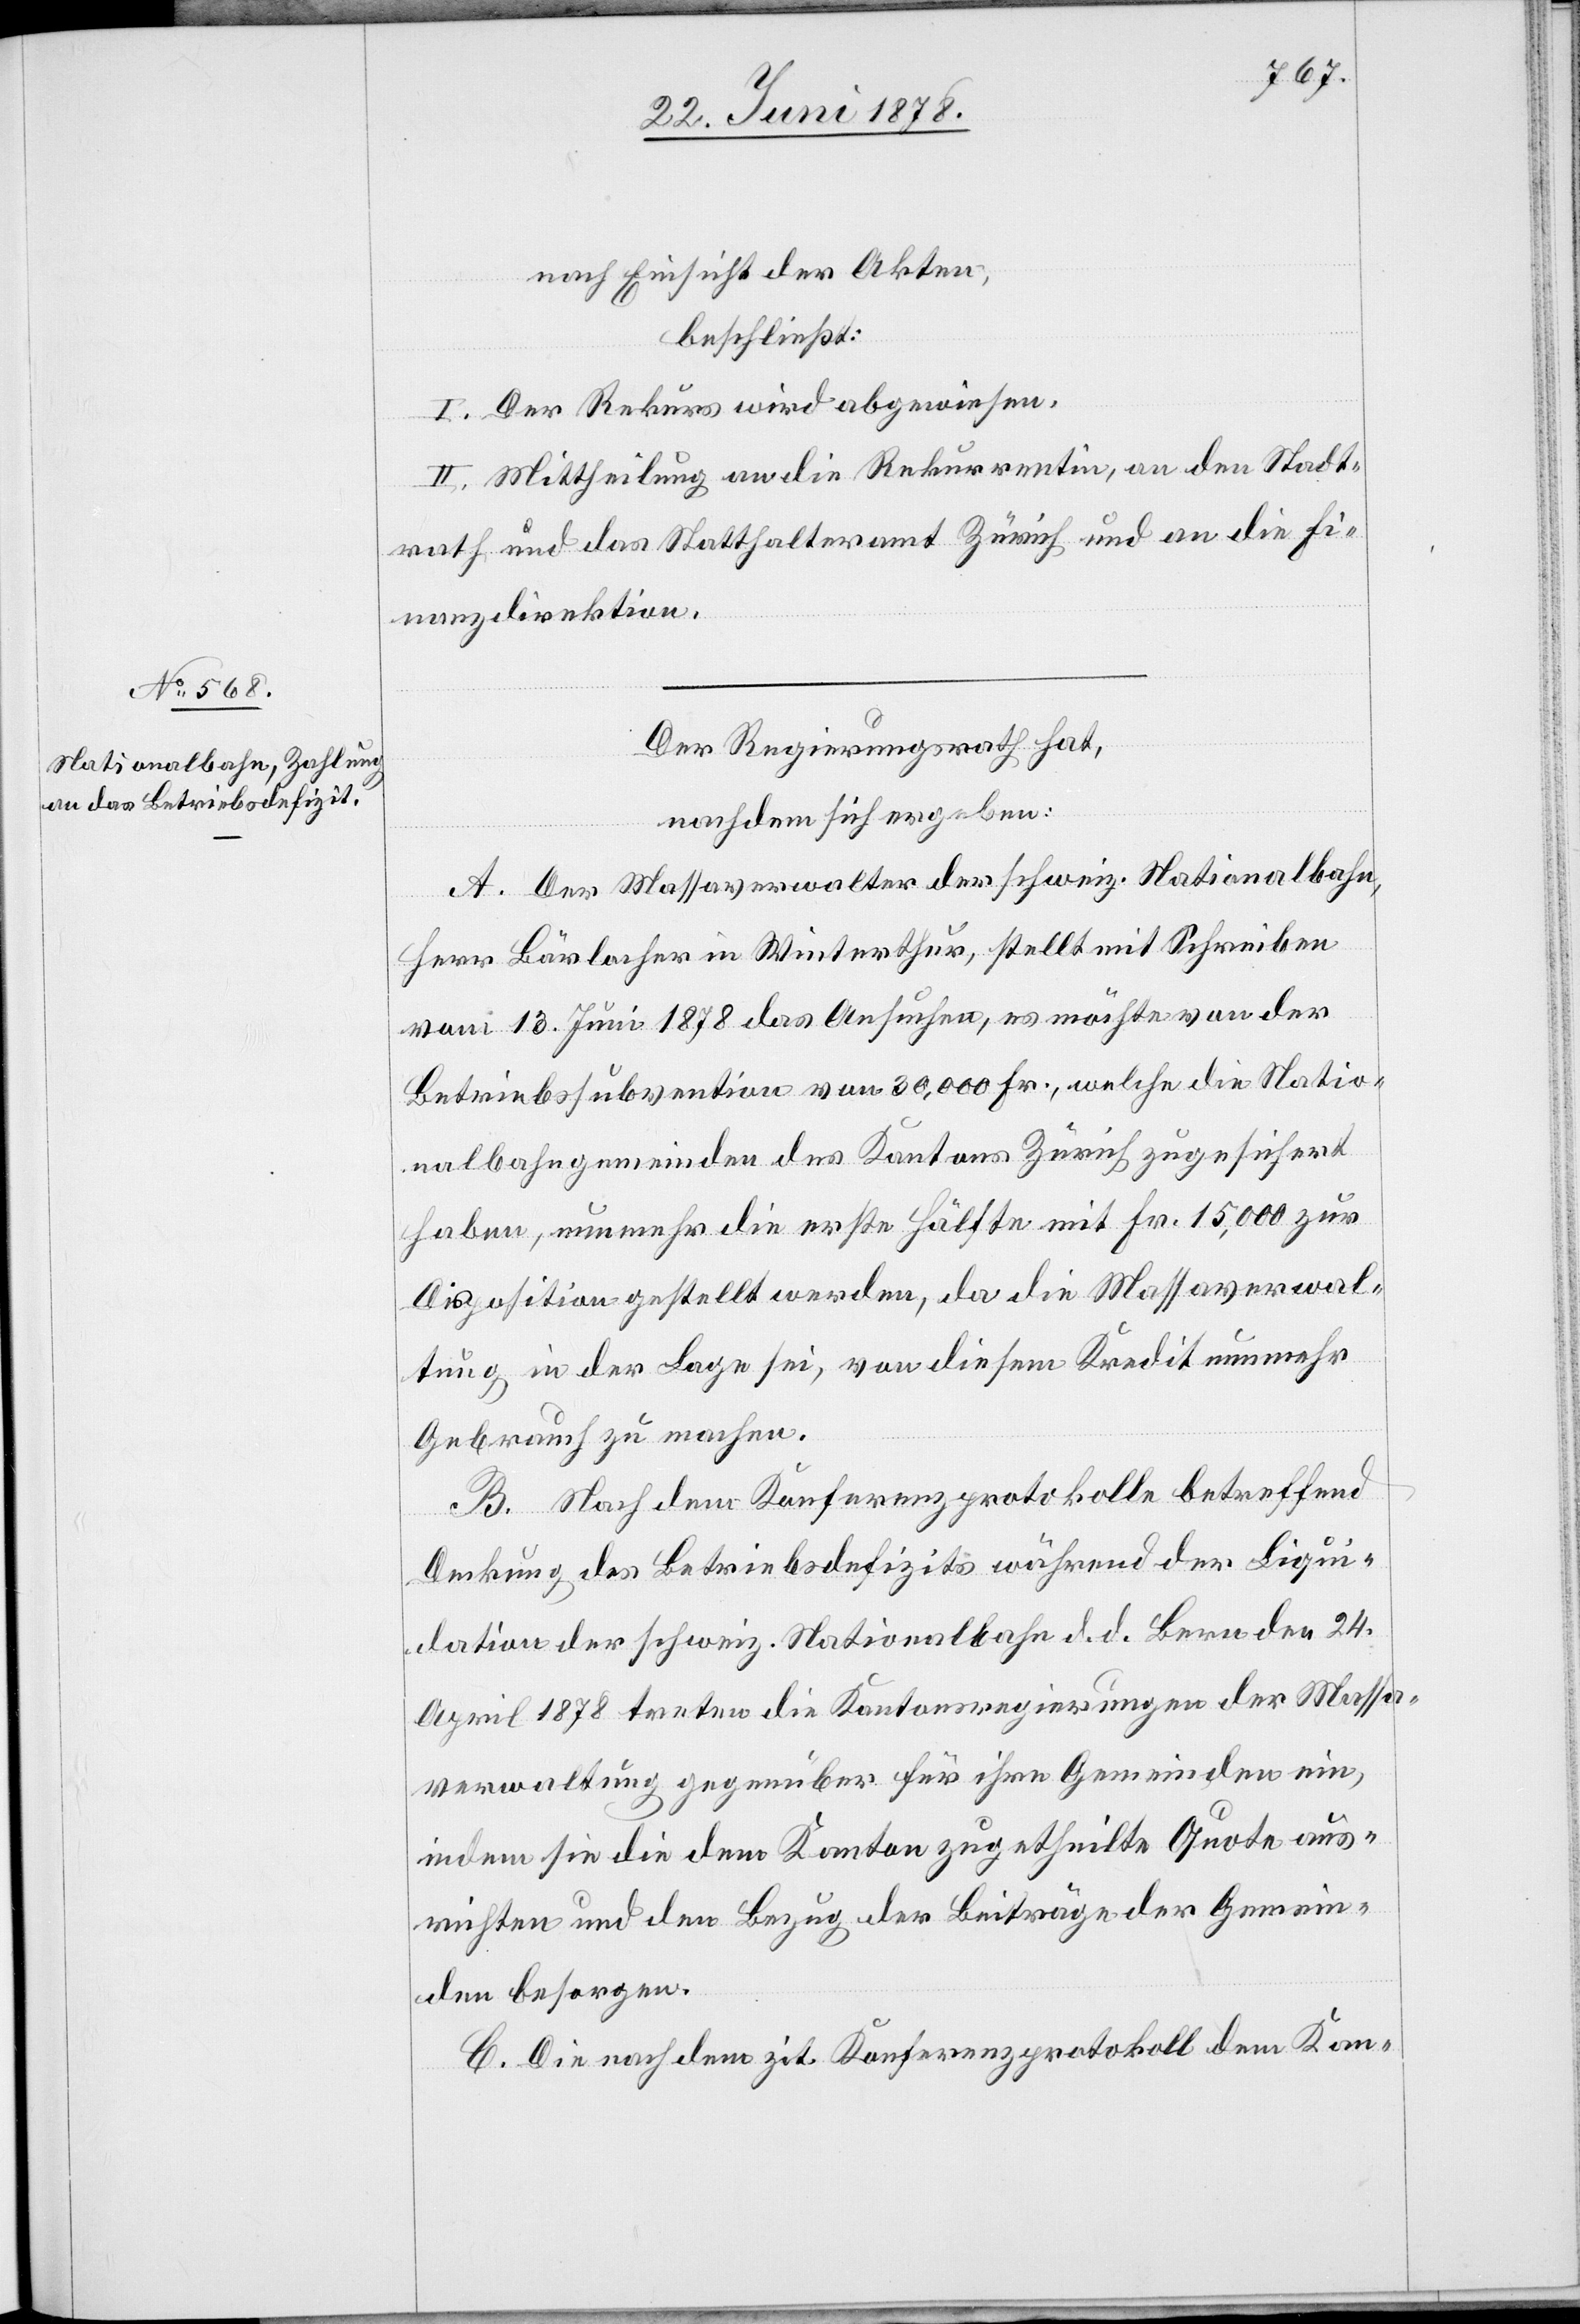
nach Einsicht der Akten,
beschließt:
I. Der Rekurs wird abgewiesen.
II. Mittheilung an die Rekurrentin, an den Stadt¬
rath und das Statthalteramt Zürich und an die Fi¬
nanzdirektion.
Der Regierungsrath hat,
nachdem sich ergeben:
A. Der Massaverwalter der schweiz. Nationalbahn,
Herr Bärlacher in Winterthur, stellt mit Schreiben
vom 13. Juni 1878 das Ansuchen, es möchte von der
Betriebssubvention von 30,000 Fr., welche die Natio¬
nalbahngemeinden des Kantons Zürich zugesichert
haben, nunmehr die erste Hälfte mit Fr. 15,000 zur
Disposition gestellt werden, da die Massaverwal¬
tung in der Lage sei, von diesem Kredit nunmehr
Gebrauch zu machen.
B. Nach dem Konferenzprotokolle betreffend
Deckung des Betriebsdefizits während der Liqui¬
dation der schweiz. Nationalbahn d. d. Bern den 24.
April 1878 treten die Kantonsregierungen der Massa¬
verwaltung gegenüber für ihre Gemeinden ein,
indem sie die dem Kanton zugetheilte Quote aus¬
richten und den Bezug der Beiträge der Gemein¬
den besorgen.
C. Die nach dem zit. Konferenzprotokoll dem Kan-